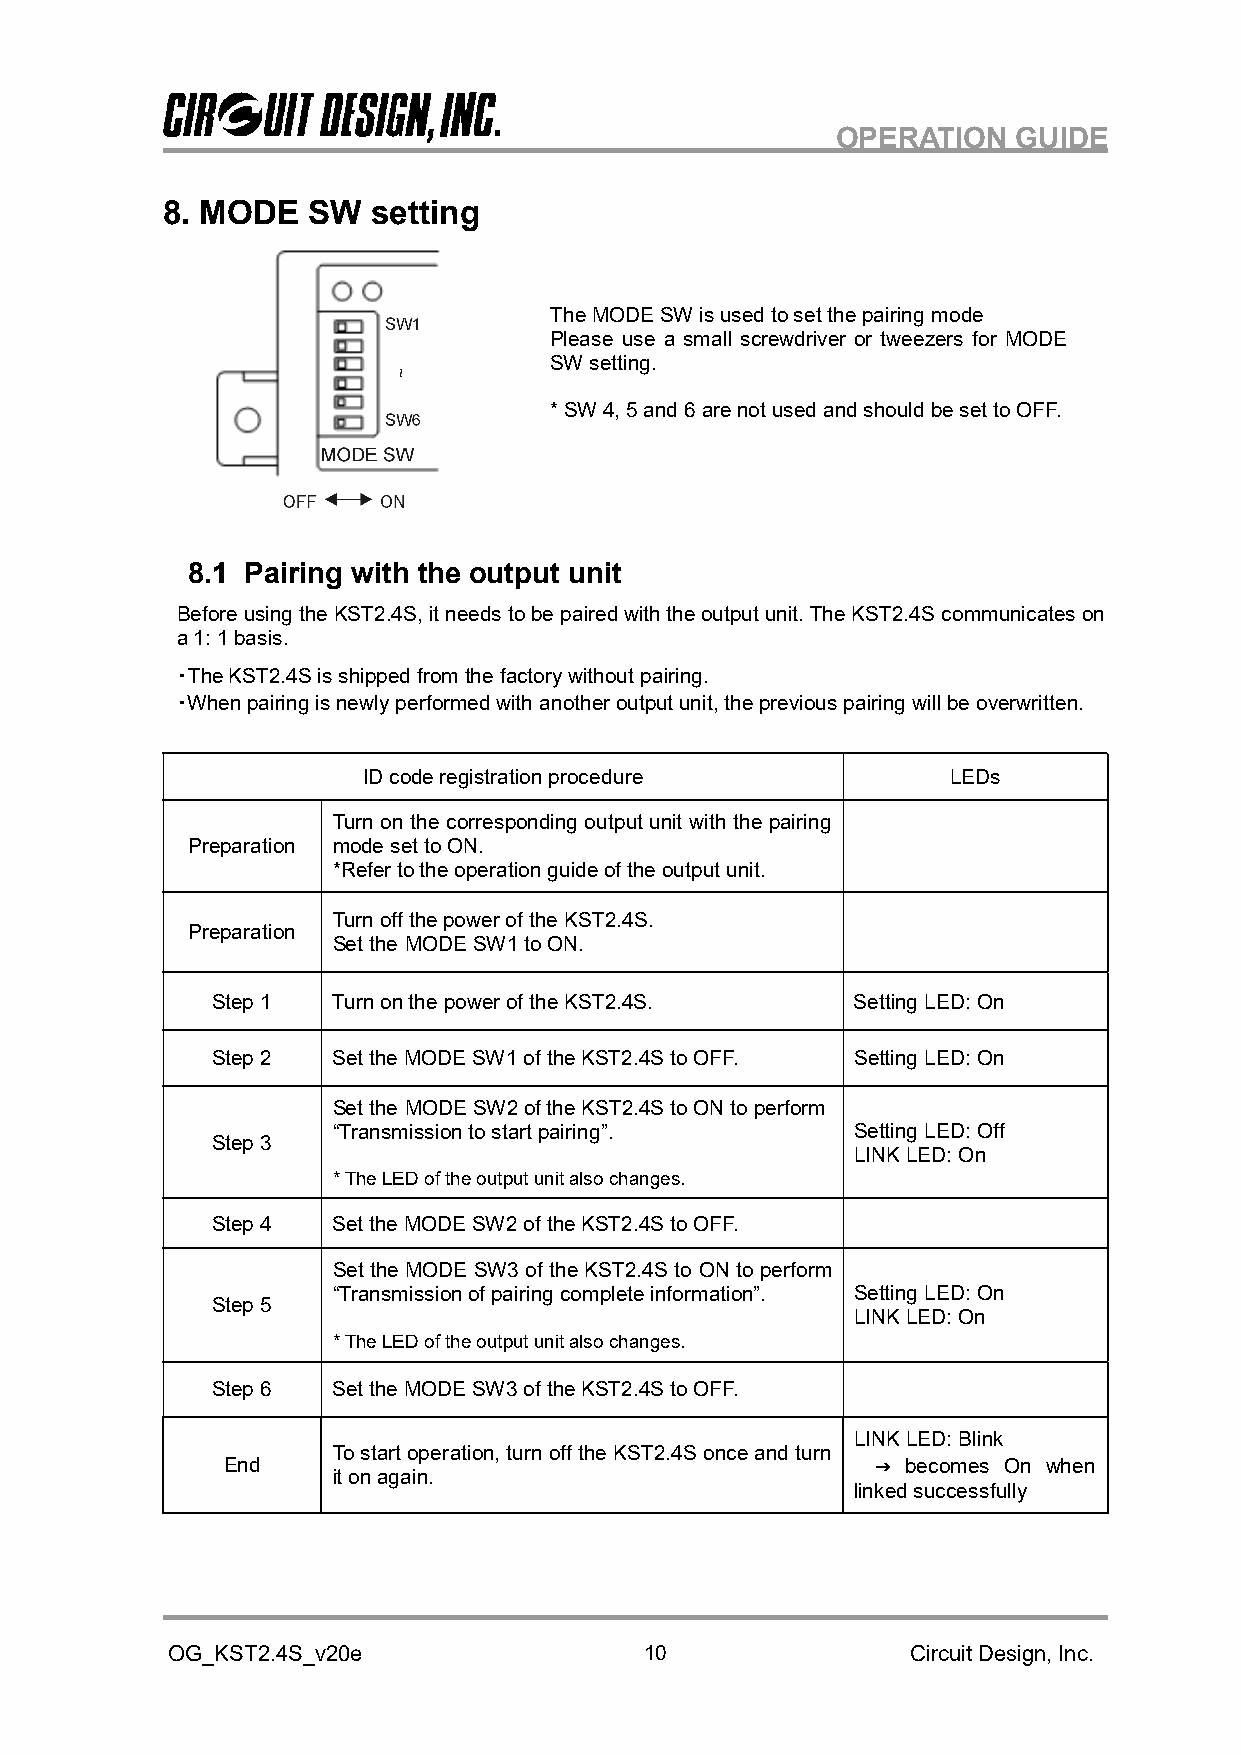
OPERATION   GUIDE
 8. MODE  SW   setting
 The MODE SW is used to set the pairing mode
 Please use a small screwdriver or tweezers for MODE
 SW setting.
 * SW 4, 5 and 6 are not used and should be set to OFF.
 8.1 Pairing with the output unit
 Before using the KST2.4S, it needs to be paired with the output unit. The KST2.4S communicates on
 a 1: 1 basis.
 ・The KST2.4S is shipped from the factory without pairing.
 ・When pairing is newly performed with another output unit, the previous pairing will be overwritten.
 ID code registration procedure         LEDs
 Turn on the corresponding output unit with the pairing
 Preparation mode set to ON.
 *Refer to the operation guide of the output unit.
 Turn off the power of the KST2.4S.
 Preparation
 Set the MODE SW1 to ON.
 Step 1  Turn on the power of the KST2.4S.  Setting LED: On
 Step 2  Set the MODE SW1 of the KST2.4S to OFF. Setting LED: On
 Set the MODE SW2 of the KST2.4S to ON to perform
 “Transmission to start pairing”.   Setting LED: Off
 Step 3
 LINK LED: On
 * The LED of the output unit also changes.
 Step 4  Set the MODE SW2 of the KST2.4S to OFF.
 Set the MODE SW3 of the KST2.4S to ON to perform
 “Transmission of pairing complete information”. Setting LED: On
 Step 5
 LINK LED: On
 * The LED of the output unit also changes.
 Step 6  Set the MODE SW3 of the KST2.4S to OFF.
 LINK LED: Blink
 To start operation, turn off the KST2.4S once and turn
 End                                        → becomes On when
 it on again.
 linked successfully
 OG_KST2.4S_v20e                 10               Circuit Design, Inc.